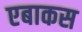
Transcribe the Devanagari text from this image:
एबाकस